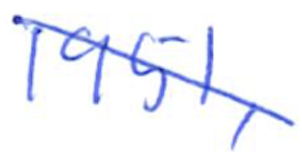
Text: 1951,
Cross-out: diagonal
Writing tool: ballpoint